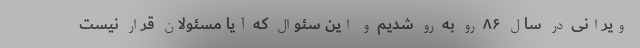
ویرانی در سال ۸۶ رو به رو شدیم و این سئوال که آیا مسئولان قرار نیست